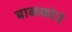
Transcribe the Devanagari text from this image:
बाळकोने